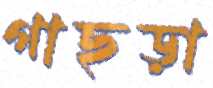
গাছড়া